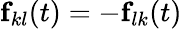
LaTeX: \textbf{f}_{kl}(t)=-\textbf{f}_{lk}(t)